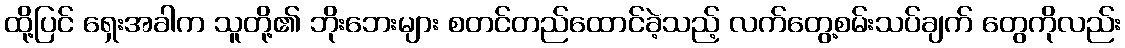
ထို့ပြင် ရှေးအခါက သူတို့၏ ဘိုးဘေးများ စတင်တည်ထောင်ခဲ့သည့် လက်တွေ့စမ်းသပ်ချက် တွေကိုလည်း